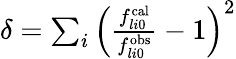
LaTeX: \begin{array}{r}{\delta=\sum_{i}\left(\frac{f_{li0}^{\mathrm{cal}}}{f_{li0}^{\mathrm{obs}}}-1\right)^{2}}\end{array}